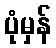
ပုံမှန်